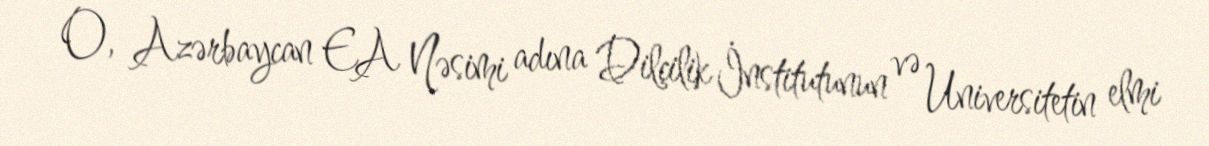
O, Azərbaycan EA Nəsimi adına Dilçilik İnstitutunun və Universitetin elmi